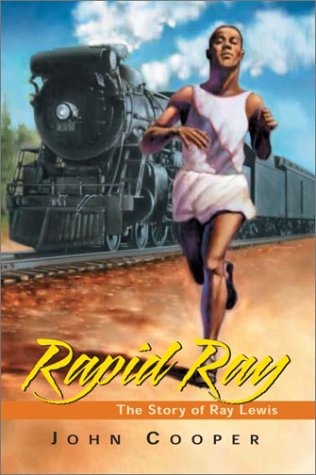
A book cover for Rapid Ray: The Story Ray Lewis; John Cooper; Children's Books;